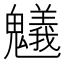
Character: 䰮